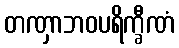
တဏှာဘဝပရိက္ခီဏံ